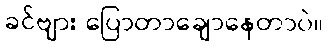
ခင်ဗျား ပြောတာချောနေတာပဲ။